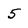
Character: 5